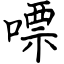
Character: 嘌